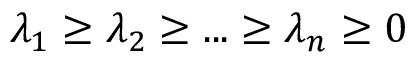
\lambda _ { 1 } \ge \lambda _ { 2 } \ge . . . \ge \lambda _ { n } \ge 0